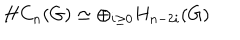
H C _ { n } ( G ) \simeq \oplus _ { i \geq 0 } H _ { n - 2 i } ( G )